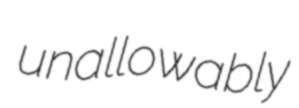
unallowably